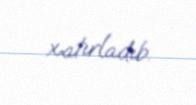
xatırladıb.